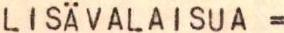
LISÄVALAISUA=